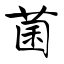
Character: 菌